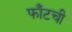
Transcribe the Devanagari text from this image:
फाँटची